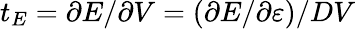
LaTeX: t_{E}=\partial E/\partial V=(\partial E/\partial\varepsilon)/DV